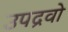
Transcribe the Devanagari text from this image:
उपद्रवो